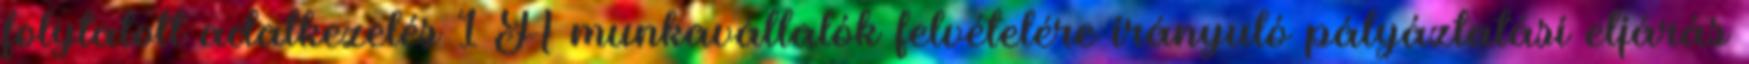
folytatott adatkezelés 1 A munkavállalók felvételére irányuló pályáztatási eljárás